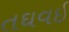
તઘવઇ